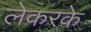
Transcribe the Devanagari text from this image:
लेकरके